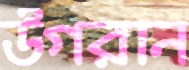
উগরান